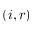
( i , r )